Vaccination report Assam 1896-1927 - 1896-1927
Year: 1896
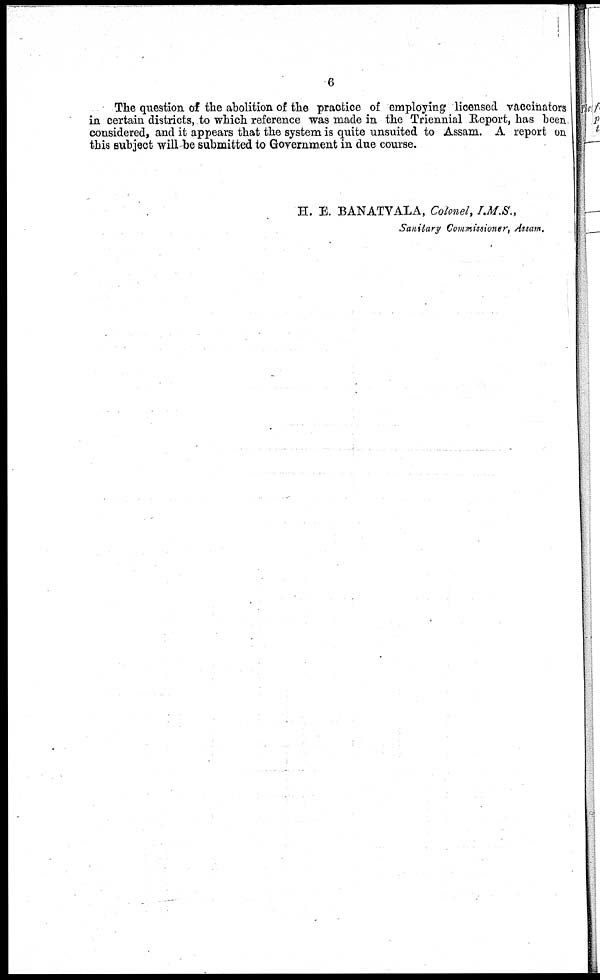
6
The question of the abolition of the practice of employing licensed vaccinators
in certain districts, to which reference was made in the Triennial Report, has been
considered, and it appears that the system is quite unsuited to Assam. A report on
this subject will be submitted to Government in due course.
H. E. BANATVALA, Colonel, I.M.S.,
Sanitary Commissioner, Assam.